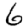
Digit: 6